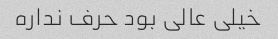
خیلی عالی بود حرف نداره